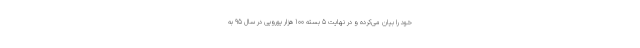
خود را بیان می‌کرده و در نهایت 5 بسته 100 هزار یورویی در سال 95 به